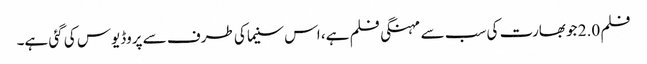
فلم 2.0 جو بھارت کی سب سے مہنگی فلم ہے، اس سنیما کی طرف سے پروڈیوس کی گئی ہے۔